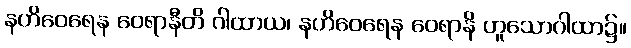
နဟိဝေရေန ဝေရာနီတိ ဂါထာယ၊ နဟိဝေရေန ဝေရာနိ ဟူသောဂါထာ၌။